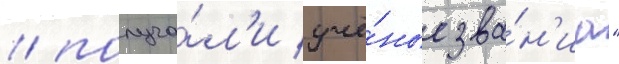
/ получа́л'и учё́ные зва́н'иа"